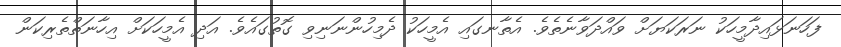
ފަހަނަޅައިދާމީހަކު ނަރަކަޔަށް ވައްދަވާނެތެވެ. އެތާނގައި އެމީހަކު ދެމިހުންނަނިވި ގޮތުގައެވެ. އަދި އެމީހަކަށް އިހާނަތްތެރިކަން